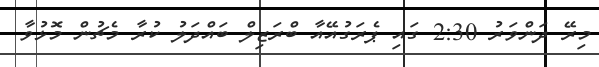
މިރޭ ދަންވަރު 2:30 ގައި ޕެރަގުއޭއާ ބްރަޒިލް ބައްދަލު ކުރާ މެޗުން މޮޅުވާ